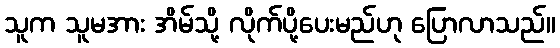
သူက သူမအား အိမ်သို့ လိုက်ပို့ပေးမည်ဟု ပြောလာသည်။